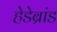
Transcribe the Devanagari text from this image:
हेडेब्रांड